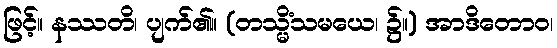
ဖြင့်။ နဿတိ၊ ပျက်၏။ (တသ္မိံသမယေ၊ ၌။) အာဒိတောဝ၊